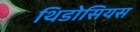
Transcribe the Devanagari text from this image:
थिडोसियस